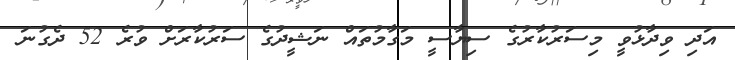
އަދި ވިދާޅުވީ މިސަރުކާރުގެ ސިޔާސީ މަގާމުތައް ނަޝީދުގެ ސަރުކާރަށް ވުރެ 52 ދެގުނަ